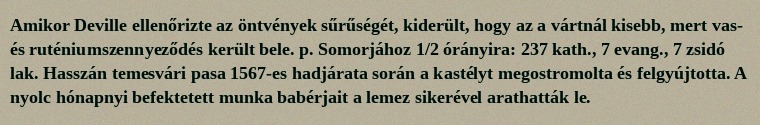
Amikor Deville ellenőrizte az öntvények sűrűségét, kiderült, hogy az a vártnál kisebb, mert vas- és ruténiumszennyeződés került bele. p. Somorjához 1/2 órányira: 237 kath., 7 evang., 7 zsidó lak. Hasszán temesvári pasa 1567-es hadjárata során a kastélyt megostromolta és felgyújtotta. A nyolc hónapnyi befektetett munka babérjait a lemez sikerével arathatták le.